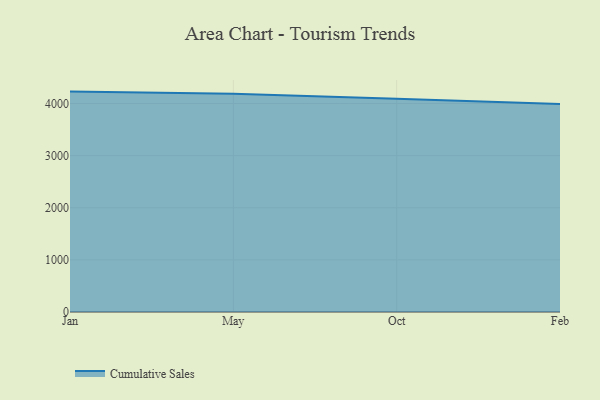
{"axis": {"x": "Month", "y": "Headcount"}, "legend": ["Cumulative Sales"], "data": [{"x": "Jan", "y": 4228.9, "type": "Cumulative Sales"}, {"x": "May", "y": 4189.1, "type": "Cumulative Sales"}, {"x": "Oct", "y": 4091.8, "type": "Cumulative Sales"}, {"x": "Feb", "y": 3989.2, "type": "Cumulative Sales"}]}